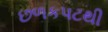
છળકપટથી